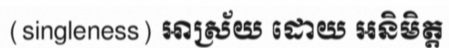
(singleness) អាស្រ័យ ដោយ អនិមិត្ត